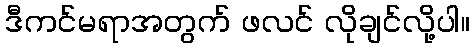
ဒီကင်မရာအတွက် ဖလင် လိုချင်လို့ပါ။